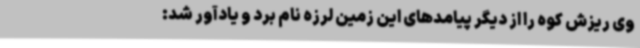
وی ریزش کوه را از دیگر پیامدهای این زمین لرزه نام برد و یادآور شد: